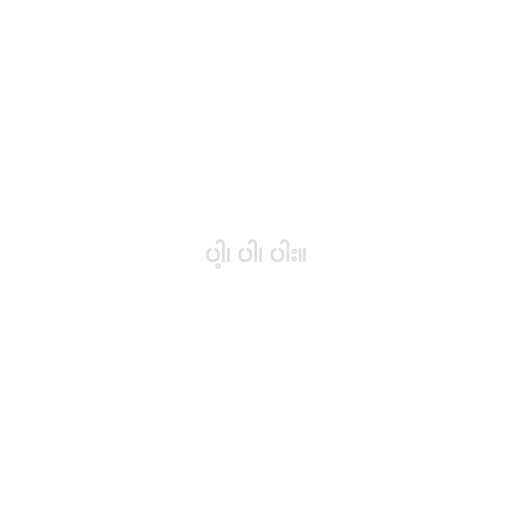
ပါ့၊ ပါ၊ ပါး။